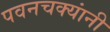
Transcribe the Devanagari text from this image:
पवनचक्यांनी